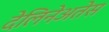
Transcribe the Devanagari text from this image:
देलिनेअतेस